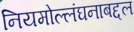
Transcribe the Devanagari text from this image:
नियमोल्लंघनाबद्दल